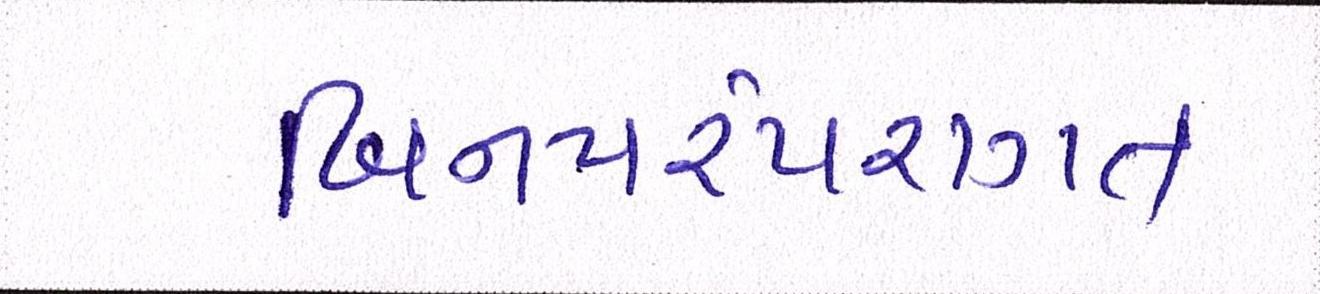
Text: બિનપરંપરાગત